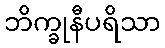
ဘိက္ခုနီပရိသာ